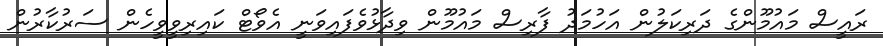
ރައީސް މައުމޫންގެ ދަރިކަލުން އަހުމަދު ފާރިސް މައުމޫން ވިދާޅުވެފައިވަނީ އެވޯޓް ކައިރިވީވީހެން ސަރުކާރުން